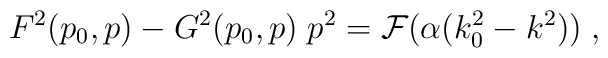
F^2(p_0, p) - G^2(p_0, p) \; p^2 = {\cal F}(\alpha (k_0^2 - k^2)) \; ,